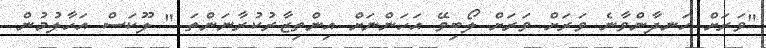
"ވަރަށް ހަނދާންވާނެ ވަރަށް ވަރަށް ލޯބިވޭ އަހަންނަށް އިންތިޒާރުކުރާނަންތަ " ލޫކަސް އަހާލުމުން